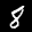
Label: 8